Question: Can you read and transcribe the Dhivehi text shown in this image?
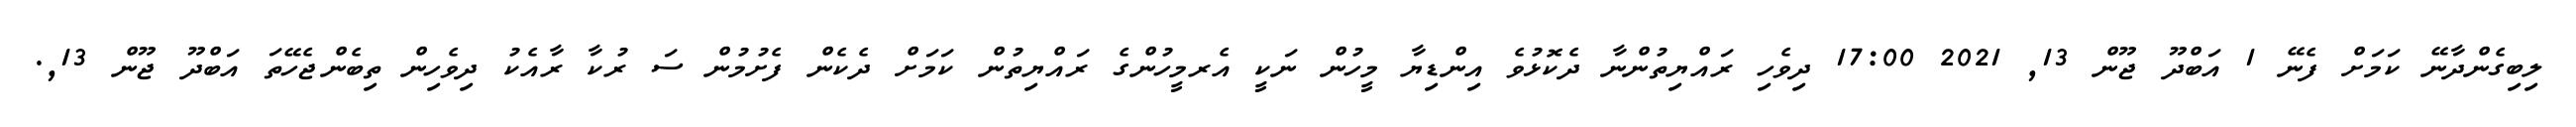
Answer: ލިބިގެންދާނޭ ކަމަށް ފެނޭ 1 އަބްދޫ ޖޫން 13, 2021 17:00 ދިވެހި ރައްޔިތުންނާ ދެކޮޅުވެ އިންޑިޔާ މީހުން ނަކީ އެރމީހުންގެ ރައްޔިތުން ކަމަށް ދެކެން ފެށުމުން ސަ ރުކާ ރާއެކު ދިވެހިން ތިބެންޖެހޭތަ އަބްދޫ ޖޫން 13,.